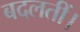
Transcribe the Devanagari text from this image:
बदलतीं।